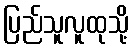
ပြည်သူလူထုသို့